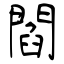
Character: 閻